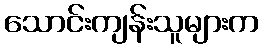
သောင်းကျန်းသူများက